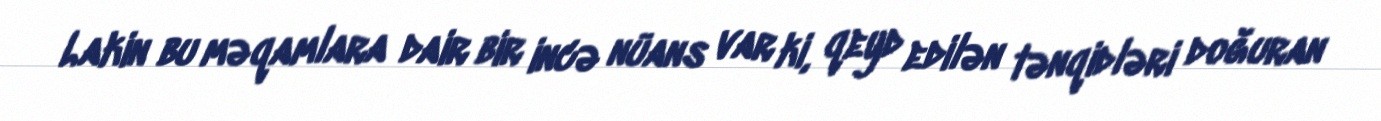
Lakin bu məqamlara dair bir incə nüans var ki, qeyd edilən tənqidləri doğuran